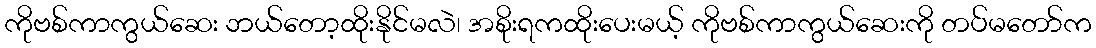
ကိုဗစ်ကာကွယ်ဆေး ဘယ်တော့ထိုးနိုင်မလဲ၊ အစိုးရကထိုးပေးမယ့် ကိုဗစ်ကာကွယ်ဆေးကို တပ်မတော်က